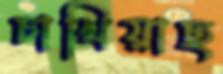
চাখিয়াছ